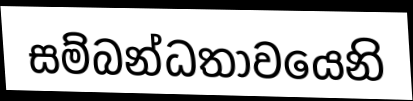
සම්බන්ධතාවයෙනි